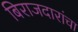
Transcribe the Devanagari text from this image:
बिराजदारांचा